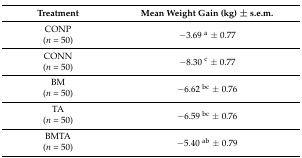
<table><thead><tr><td><b>Treatment</b></td><td><b>Mean Weight Gain (kg) ± s.e.m.</b></td></tr></thead><tbody><tr><td>CONP</td><td rowspan="2">−3.69 <sup>a</sup> ± 0.77</td></tr><tr><td>(<i>n</i> = 50)</td></tr><tr><td>CONN</td><td rowspan="2">−8.30 <sup>c</sup> ± 0.77</td></tr><tr><td>(<i>n</i> = 50)</td></tr><tr><td>BM</td><td rowspan="2">−6.62 <sup>bc</sup> ± 0.76</td></tr><tr><td>(<i>n</i> = 50)</td></tr><tr><td>TA</td><td rowspan="2">−6.59 <sup>bc</sup> ± 0.76</td></tr><tr><td>(<i>n</i> = 50)</td></tr><tr><td>BMTA</td><td rowspan="2">−5.40 <sup>ab</sup> ± 0.79</td></tr><tr><td>(<i>n</i> = 50)</td></tr></tbody></table>